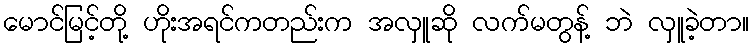
မောင်မြင့်တို့ ဟိုးအရင်ကတည်းက အလှူဆို လက်မတွန့် ဘဲ လှူခဲ့တာ။